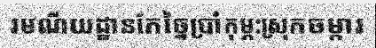
រមណីយដ្ឋានកែច្នៃប្រាំកុម្ភ:ស្រុកចម្ការ